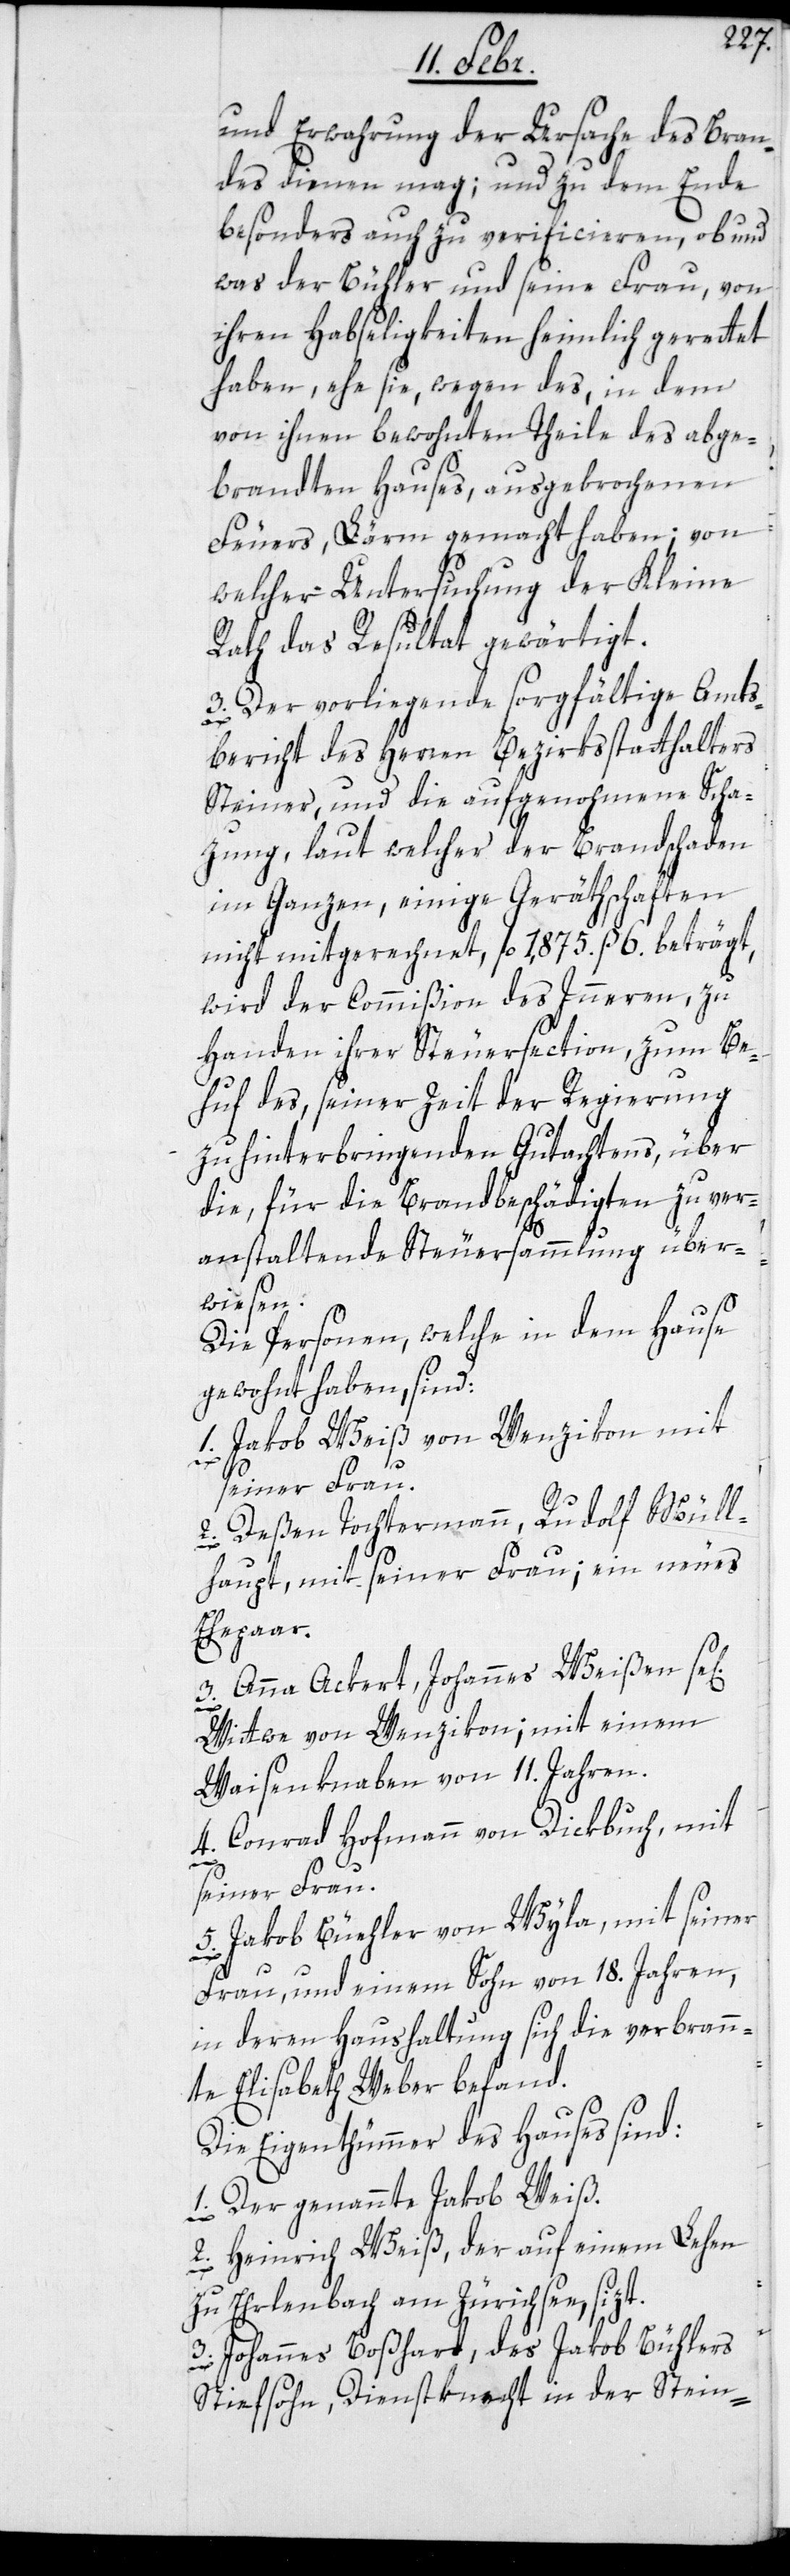
und Erwahrung der Ursache des Bran¬
des dienen mag; und zu dem Ende
besonders auch zu verificieren, ob und
was der Bühler und seine Frau, von
ihren Habseligkeiten heimlich gerettet
haben, ehe sie, wegen des, in dem
von ihnen bewohnten Theile des abge¬
brandten Hauses, ausgebrochenen
Feuers, Lärm gemacht haben; von
welcher Untersuchung der Kleine
Rath das Resultat gewärtigt.
3. Der vorliegende sorgfältige Amts¬
bericht des Herren Bezirksstatthalters
Steiner, und die aufgenohmene Scha¬
zung, laut welcher der Brandschaden
im Ganzen, einige Geräthschaften
nicht mitgerechnet, fl. 1,875. ß 6. beträgt,
wird der Commißion des Inneren, zu
Handen ihrer Steuersection, zum Be¬
huf des, seiner Zeit der Regierung
zu hinterbringenden Gutachtens, über
die, für die Brandbeschädigten zu ver¬
anstaltende Steuersammlung über¬
wiesen.
Die Personen, welche in dem Hause
gewohnt haben, sind:
1. Jakob Weiß von Wenzikon mit
seiner Frau.
2. Deßen Tochtermann, Rudolf Müll¬
haupt, mit seiner Frau; ein neues
igen]
3. Anna Ackert, Johannes Weißen se[l¬
Wittwe von Wenzikon; mit einem
Waisenknaben von 11. Jahren.
4. Conrad Hofmann von Dickbuch, mit
seiner Frau.
5. Jakob Büehler von Wyla, mit seiner
Frau, und einem Sohn von 18. Jahren,
in deren Haushaltung sich die verbrann¬
te Elisabeth Weber befand.
Die Eigentümmer des Hauses sind:
1. Der genannte Jakob Weiß.
2. Heinrich Weiß, der auf einem Lehen
zu Ehrlenbach am Zürichsee, sizt.
3. Johannes Boßhard, des Jakob Bühlers
Stiefsohn, Dienstknecht in der Stein-